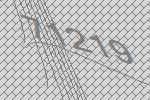
71219